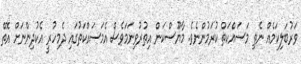
ވަރުބަލިކަމެއް ނެތި މަސައްކަތް ކުރަމުންނެވެ. މާޔޫސްކަން އިތުރުވިނަމަވެސް އެމަސައްކަތުގައި ދެމިހުރީ އެކުދިންނަށް އޮތް